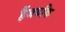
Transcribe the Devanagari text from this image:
हैंजबकि